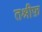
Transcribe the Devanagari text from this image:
तश्रीफ़